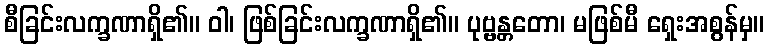
စီခြင်းလက္ခဏာရှိ၏။ ဝါ၊ ဖြစ်ခြင်းလက္ခဏာရှိ၏။ ပုဗ္ဗန္တတော၊ မဖြစ်မီ ရှေးအစွန်မှ။